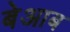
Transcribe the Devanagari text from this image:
बेआब